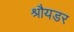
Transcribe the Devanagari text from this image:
श्रौयडर